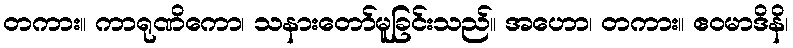
တကား။ ကာရုဏိကော၊ သနားတော်မူခြင်းသည်။ အဟော၊ တကား။ ဧဝမာဒိနိ၊